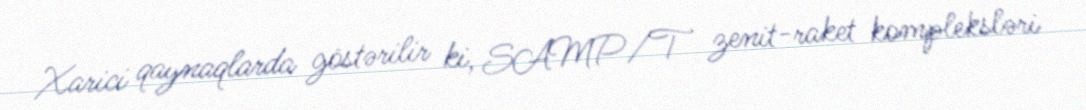
Xarici qaynaqlarda göstərilir ki, SAMP/T zenit-raket kompleksləri